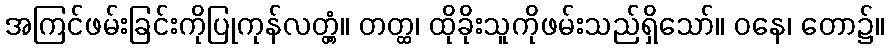
အကြင်ဖမ်းခြင်းကိုပြုကုန်လတ္တံ့။ တတ္ထ၊ ထိုခိုးသူကိုဖမ်းသည်ရှိသော်။ ဝနေ၊ တော၌။